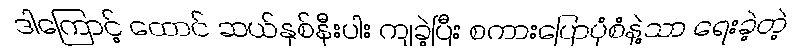
ဒါကြောင့် ထောင် ဆယ်နှစ်နီးပါး ကျခဲ့ပြီး စကားပြောပုံစံနဲ့သာ ရေးခဲ့တဲ့